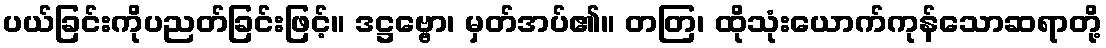
ပယ်ခြင်းကိုပညတ်ခြင်းဖြင့်။ ဒဋ္ဌဗ္ဗော၊ မှတ်အပ်၏။ တတြ၊ ထိုသုံးယောက်ကုန်သောဆရာတို့